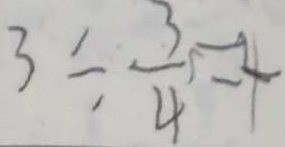
3 \div \frac { 3 } { 4 } = 4